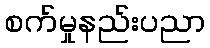
စက်မှုနည်းပညာ